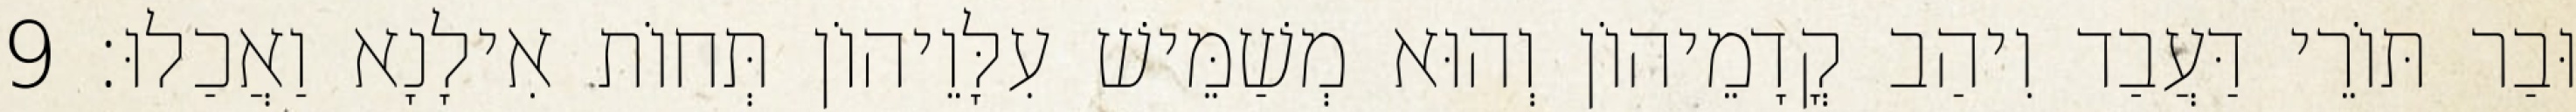
וּבַר תּוֹרֵי דַּעֲבַד וִיהַב קֳדָמֵיהוֹן וְהוּא מְשַׁמֵּישׁ עִלָּוֵיהוֹן תְּחוֹת אִילָנָא וַאֲכַלוּ׃ 9